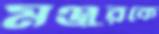
মঞ্জুরকে